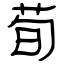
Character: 荀